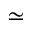
\simeq